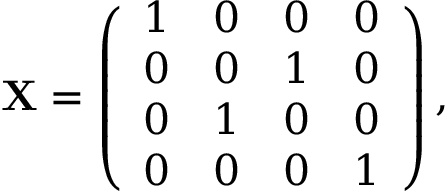
\begin{array} { r } { \ensuremath { \mathbf { X } } = \left( \begin{array} { c c c c } { 1 } & { 0 } & { 0 } & { 0 } \\ { 0 } & { 0 } & { 1 } & { 0 } \\ { 0 } & { 1 } & { 0 } & { 0 } \\ { 0 } & { 0 } & { 0 } & { 1 } \end{array} \right) , } \end{array}